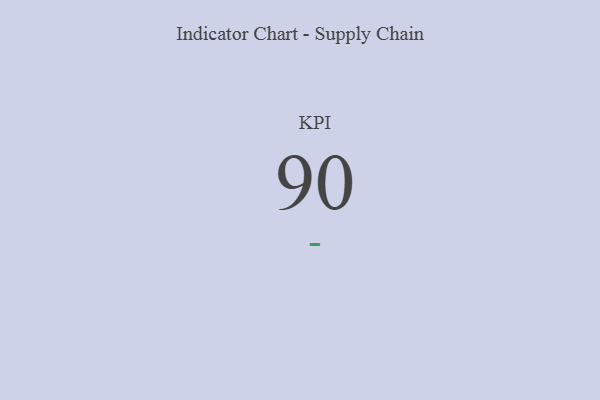
{"axis": {"x": "KPI", "y": "Value"}, "legend": [""], "data": [{"x": "KPI", "y": 90, "type": ""}]}